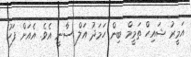
އަމީރު ޝައިހް ތަމީމް ބިން ހަމަދު އަލް ސާނީ އެވެ. އެއަށް ފަހު